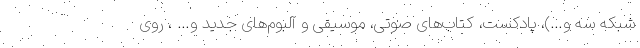
شبکه سه و…)، پادکست، کتاب‌های صوتی، موسیقی و آلبوم‌های جدید و… ، روی